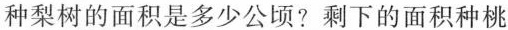
种梨树的面积是多少公顷?剩下的面积种桃